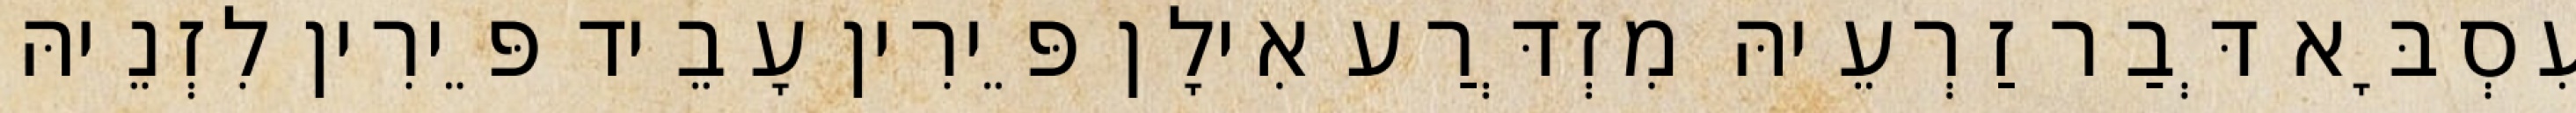
עִסְבָּא דְּבַר זַרְעֵיהּ מִזְדְּרַע אִילָן פֵּירִין עָבֵיד פֵּירִין לִזְנֵיהּ